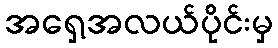
အရှေ့အလယ်ပိုင်းမှ